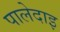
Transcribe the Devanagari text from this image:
पालेदाइ